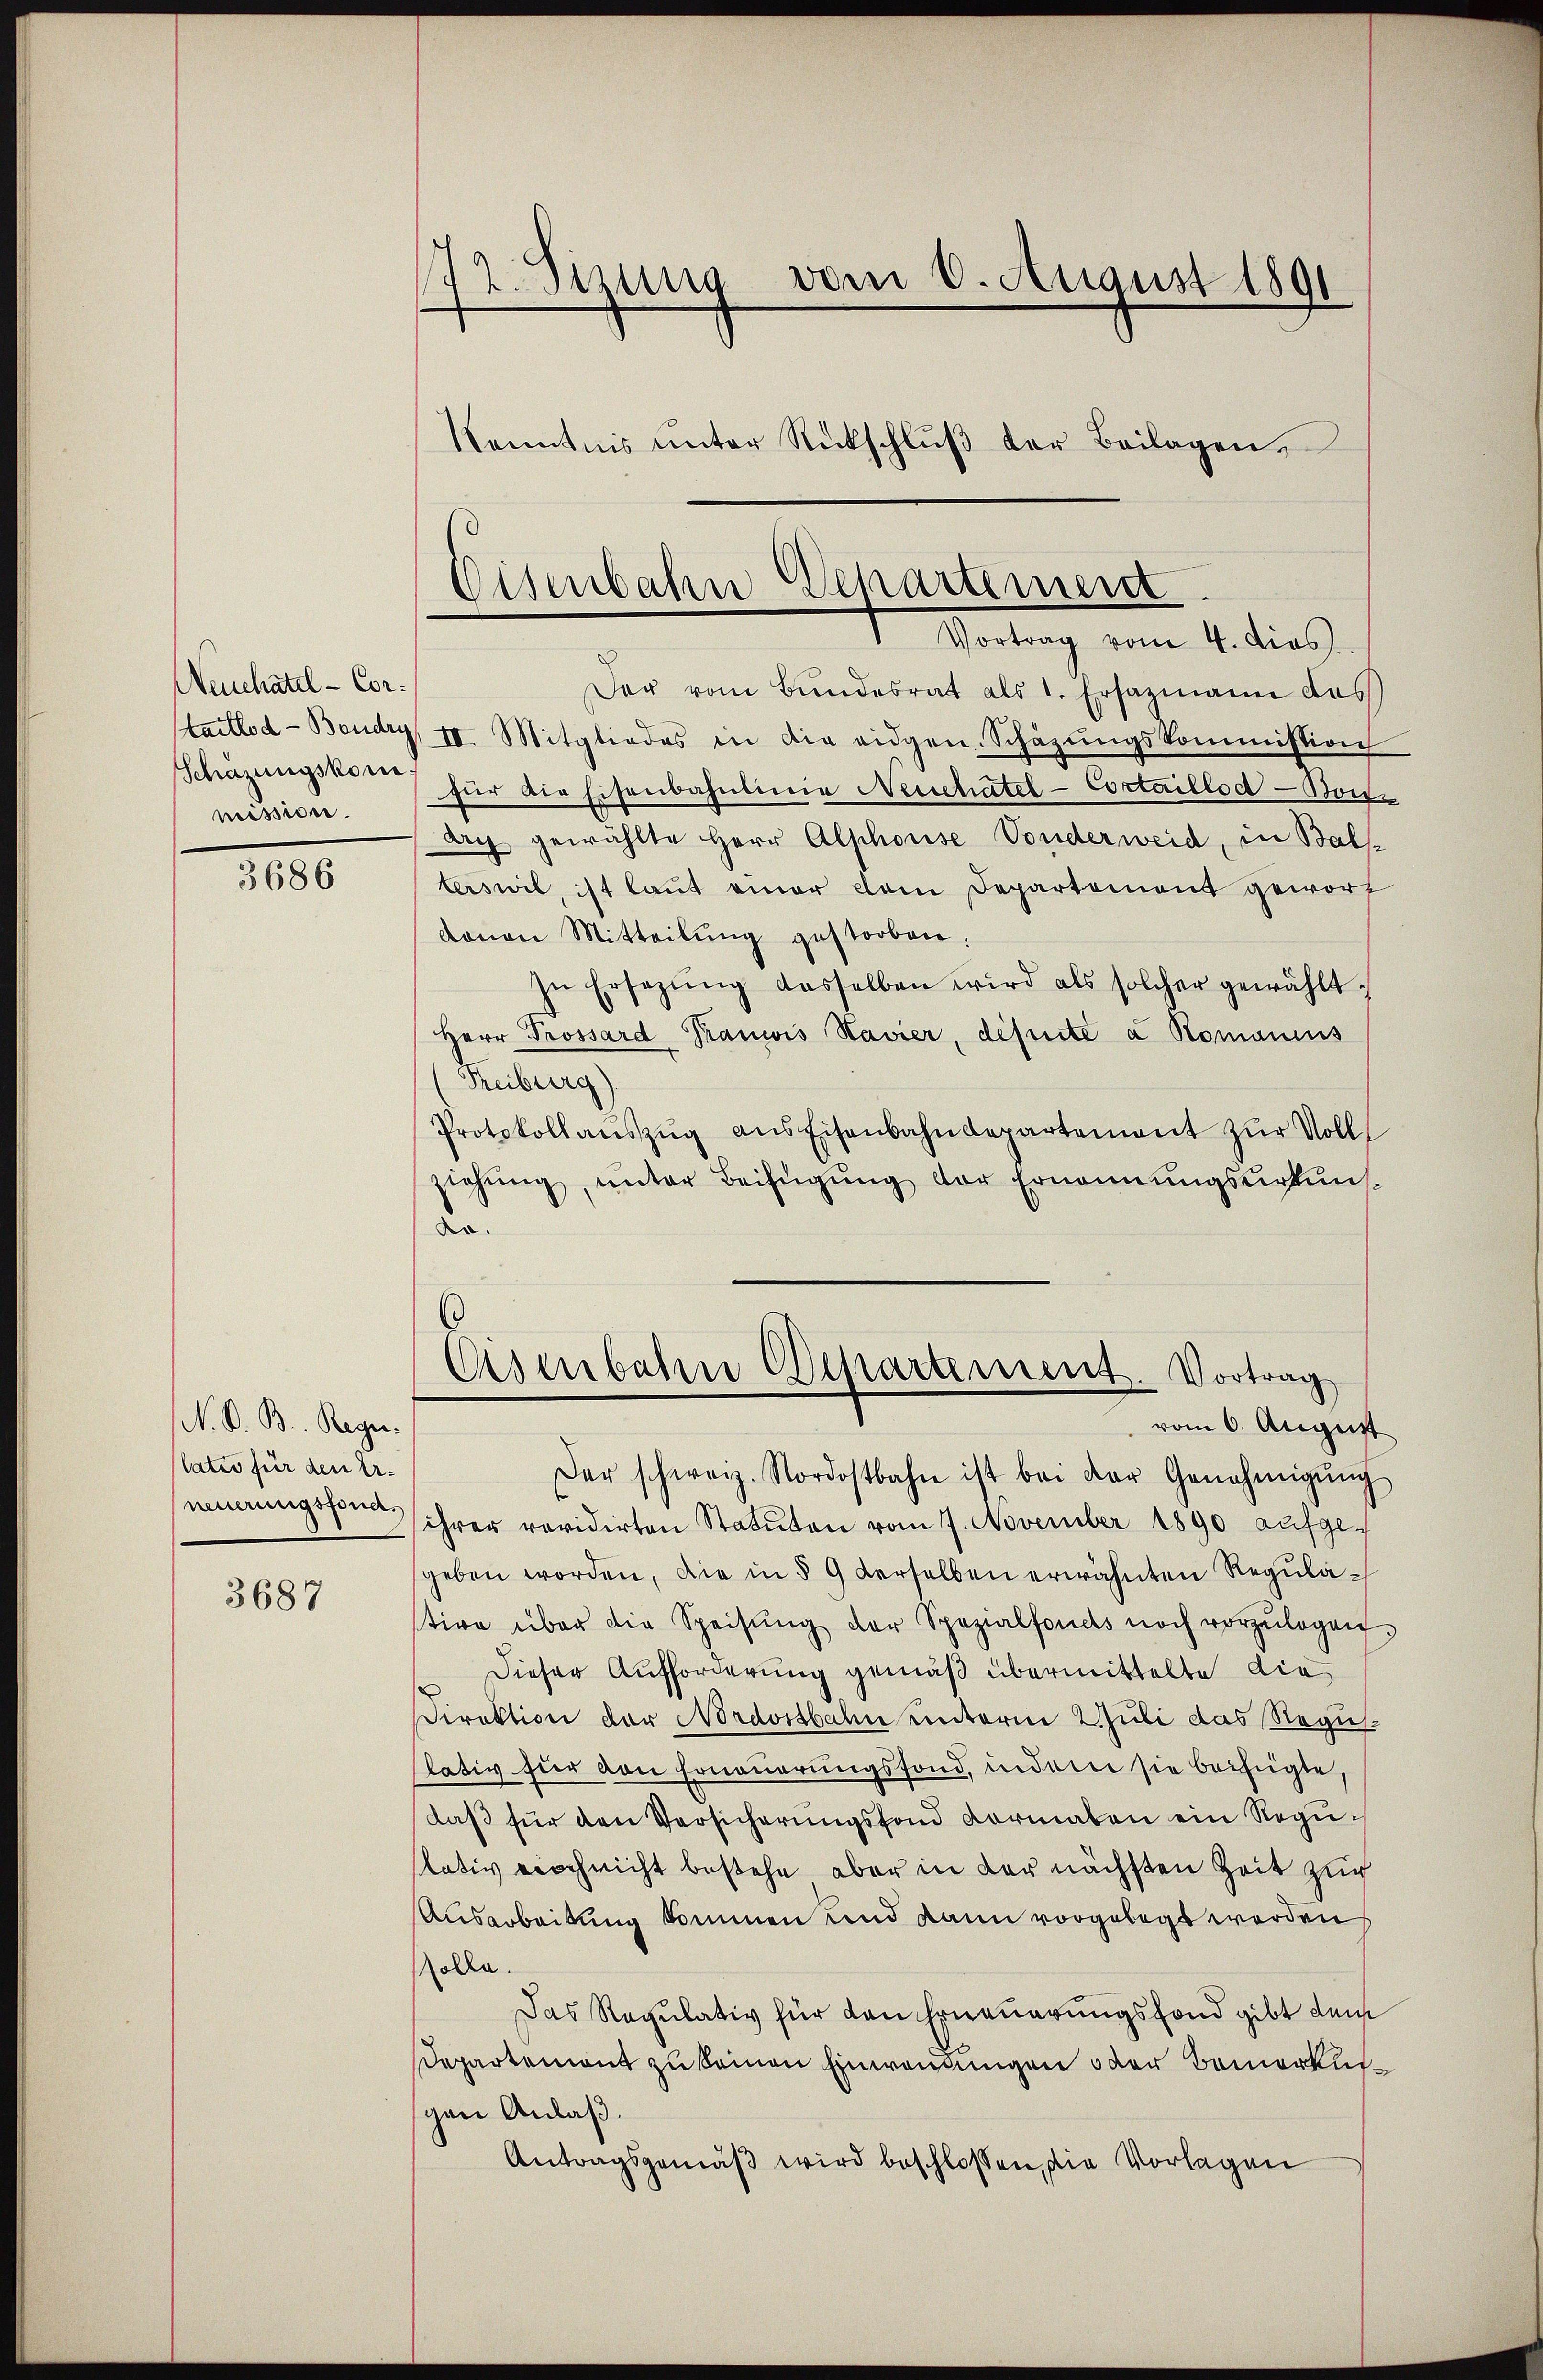
Neuchatel - Cor¬
Schazungskom
mission.

3686

N. D. B. Regielatio für den Erneuerungsfond.

3687

172. Setzung vom 8. August 1891
Kenntnis unter Rückschlŭβ der Beilagen,

Cisenbahn Departement
 Vortrag vom 4. dies

Osenbahne Departement. Vortrag
vom 6. August

Der vom Bundesrat als 1. Ersazmann das
Stattlod-Boudry, II. Mitgliedes in die eidgen. Schäzŭngskommission
für die Eisenbahnlinie Neischatel - Cortaillod -Borte
dry gewählte Herr Alphouse Vonderweid, in Bals-
terswil ist laut einer dem Departement geworf
davon Mitteilŭng gestorben.
In Ersetzŭng dasselben wird als solcher gewählt.
Herr Prossard Krancis Navier, depuite a Romanens
Reiburg)
Protokollaŭszŭg ans Eisenbahndepartement zŭr Voll
ziehung, unter Beifügung vor Ernennungsurkunf
Kr
Der schweiz. Nordostbahn ist bei der Genehmigŭng
ihrer revidirten Statuten vom 7. November 1890 aufgegeben worden, die in § 9 derselben erwähnten Regulative über die Speisŭng der Spezialfonds noch vorzŭlegen
Dieser Aufforderung gemäß übermittelte die
Direktion der Nordostbahn unterm 2 Juli das Regulativ für von Erneuerungsfond, indem sie beifügte,
daß für den Versicherungsfond Formalen ein Regulativ noch nicht bestehe, aber in der nächsten Zeit zur
Ausarbeitung kommen und kann vorgelegt werden
Colle.
Das Regulativ für den Erneuerungsfond gibt dem
Departement zu keinen Einwendungen oder Bemerkungen Anlaß.
Antragsgemäβ wird beschlossen, die Vorlagen